Papers set at the Examination for Leaving Certificates, 1889
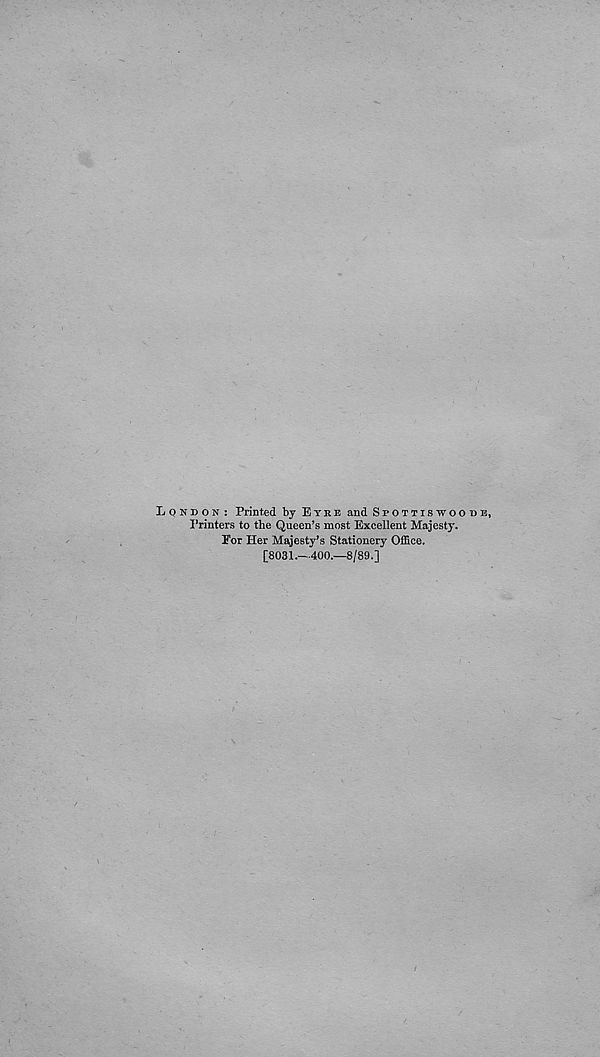
London : Printed by Eyke and Spottiswoode,
I’rinters to the Queen’s most Excellent Majesty.
Eor Her Majesty’s Stationery Office.
[8031—400.—8/89.]